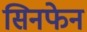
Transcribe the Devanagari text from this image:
सिनफेन